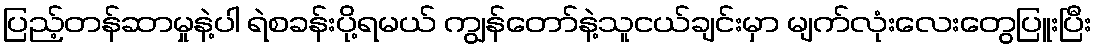
ပြည့်တန်ဆာမှုနဲ့ပါ ရဲစခန်းပို့ရမယ် ကျွန်တော်နဲ့သူငယ်ချင်းမှာ မျက်လုံးလေးတွေပြူးပြီး